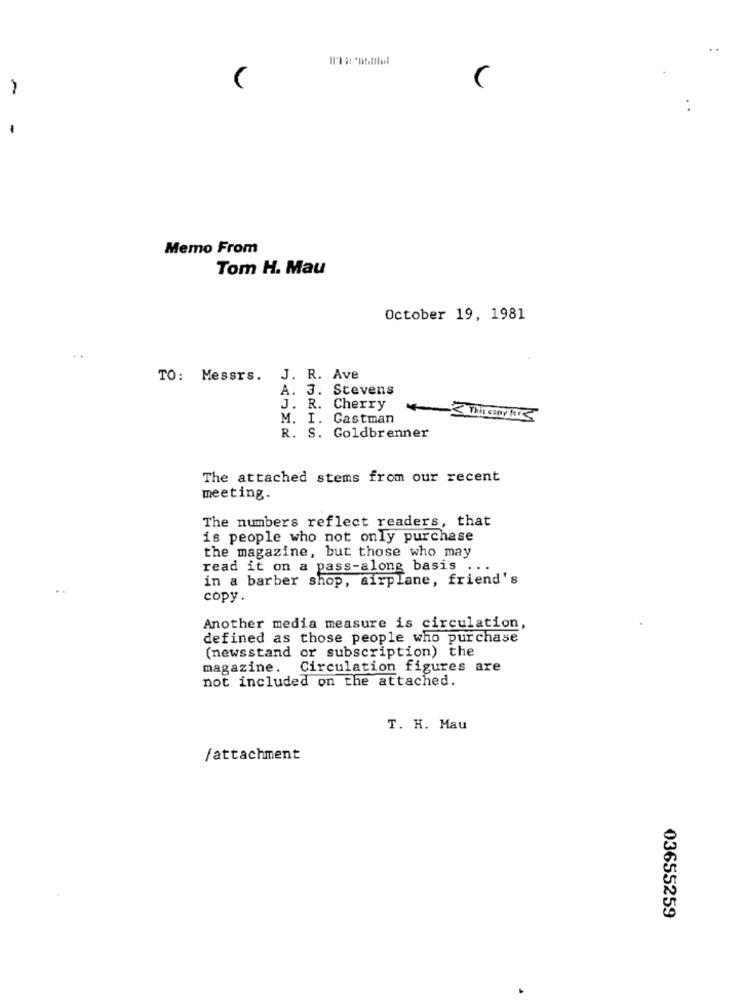
-
Memo From
Tom H. Mau
October 19, 1981
TO: Messrs.
J. R. Ave
A. 3. Stevens
J. R. Cherry
M. I. Gastman
R. S. Goldbrenner
The attached stems from our recent
meeting.
The numbers reflect readers, that
is people who not only purchase
the magazine, but those who may
read it on a pass-along basis ...
in a barber shop, airplane, friend's
copy.
Another media measure is circulation,
defined as those people who purchase
(newsstand or subscription) the
magazine. Circulation figures are
not included on the attached.
T. H. Mau
/attachment
03655259